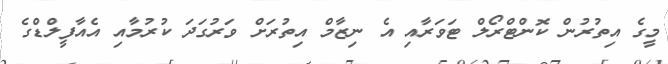
މީގެ އިތުރުން ކޮންޓްރޯލް ޓަވަރާއި އެ ނިޒާމް އިތުރަށް ވަރުގަދަ ކުރުމާއި އެއާފީލްޑްގެ